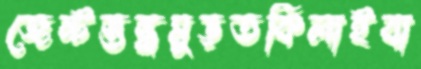
জেন্টস্তন্ধমুড়তকিলাইবা